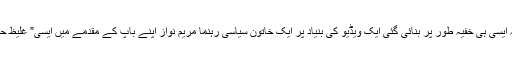
لیکن پاکستانی معاشرے کو ذلت و رسوائی اور بے حیائی اور ڈھٹائی کا یہ دن بھی دیکھنا تھا کہ ایسی ہی خفیہ طور پر بنائی گئی ایک ویڈیو کی بنیاد پر ایک خاتون سیاسی رہنما مریم نواز اپنے باپ کے مقدمے میں ایسی” غلیظ حرکت پر” بے گناہی ” کی عمارت تعمیر کرتی ہے اور ڈھٹائی کیساتھ پریس کانفرنس کرتی ہے۔